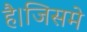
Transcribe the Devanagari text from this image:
है।जिसमे